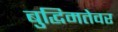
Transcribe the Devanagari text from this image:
बुद्धिमतेवर